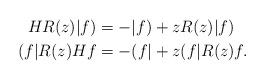
LaTeX: \begin{align*} HR(z)|f) &= -|f) +z R(z)|f)\\ (f|R(z)Hf&=-( f| + z( f|R(z)f.\end{align*}